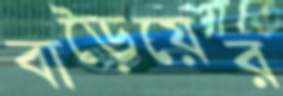
বাড়ৈয়ের